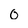
Character: 0